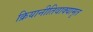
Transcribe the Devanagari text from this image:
क्रियानीतिवाक्यामृत